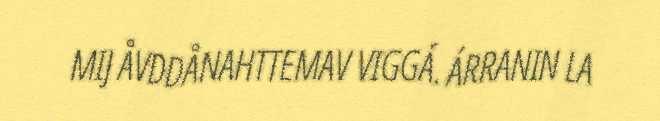
MIJ ÅVDDÅNAHTTEMAV VIGGÁ. ÁRRANIN LA